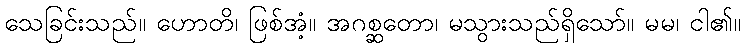
သေခြင်းသည်။ ဟောတိ၊ ဖြစ်အံ့။ အဂစ္ဆတော၊ မသွားသည်ရှိသော်။ မမ၊ ငါ၏။